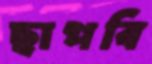
ছাপবি